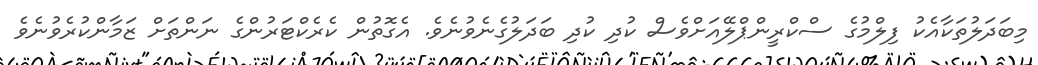
މިބަދަލުތަކާއެކު ފިލްމުގެ ސްކްރީންޕްލޭއަށްވެސް ކުދި ކުދި ބަދަލުގެނެވުނެވެ. އެގޮތުން ކެރެކްޓަރުންގެ ނަންތަށް ޒަމާންކުރެވުނެވެ